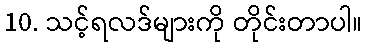
10. သင့်ရလဒ်များကို တိုင်းတာပါ။